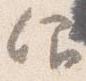
仰